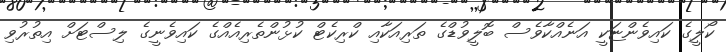
ކޯލީގެ ކައިވެންޏަކީ އަނެއްކާވެސް ބޮލީވުޑްގެ ތަރިއަކާއި ކްރިކެޓް ކުޅުންތެރިއެއްގެ ކައިވެނީގެ ލިސްޓަށް އިތުރުވި